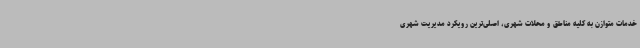
خدمات متوازن به کلیه مناطق و محلات شهری، اصلی‌ترین رویکرد مدیریت شهری